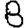
Digit: 8